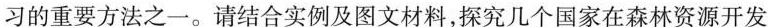
习的重要方法之一。请结合实例及图文材料，探究几个国家在森林资源开发